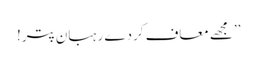
’’مجھے معاف کردے رہبان پتر!